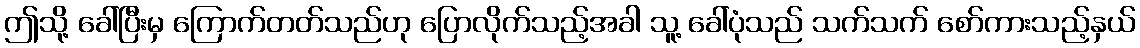
ဤသို့ ခေါ်ပြီးမှ ကြောက်တတ်သည်ဟု ပြောလိုက်သည့်အခါ သူ့ ခေါ်ပုံသည် သက်သက် စော်ကားသည့်နှယ်